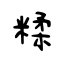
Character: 糅